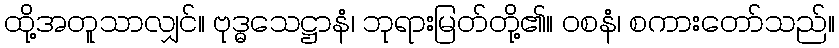
ထို့အတူသာလျှင်။ ဗုဒ္ဓသေဋ္ဌာနံ၊ ဘုရားမြတ်တို့၏။ ဝစနံ၊ စကားတော်သည်။